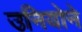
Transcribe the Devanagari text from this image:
उनियोने